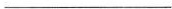
___